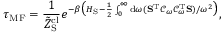
\tau _ { \mathrm { M F } } = \frac { 1 } { \tilde { Z } _ { \mathrm { S } } ^ { \mathrm { c l } } } e ^ { - \beta \big ( H _ { \mathrm { S } } - \frac { 1 } { 2 } \int _ { 0 } ^ { \infty } \mathrm { d } \omega ( \mathbf { S } ^ { \mathrm { T } } \mathcal { C } _ { \omega } \mathcal { C } _ { \omega } ^ { \mathrm { T } } \mathbf { S } ) / \omega ^ { 2 } \big ) } ,